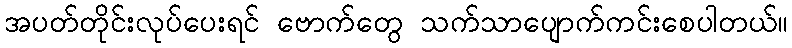
အပတ်တိုင်းလုပ်ပေးရင် ဗောက်တွေ သက်သာပျောက်ကင်းစေပါတယ်။